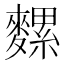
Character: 𪍯